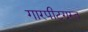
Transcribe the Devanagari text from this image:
गारपीटग्रस्त